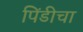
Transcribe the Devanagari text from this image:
पिंडीचा